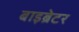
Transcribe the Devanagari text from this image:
बाइब्रेटर